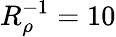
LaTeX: R_{\rho}^{-1}=10